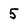
Character: 5